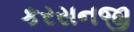
કરસનજી